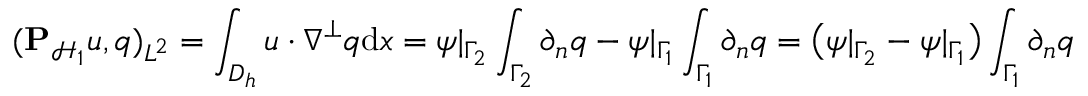
( \mathbf { P } _ { \mathcal { H } _ { 1 } } u , q ) _ { L ^ { 2 } } = \int _ { D _ { h } } u \cdot \nabla ^ { \perp } q \mathrm { d } x = \psi | _ { \Gamma _ { 2 } } \int _ { \Gamma _ { 2 } } \partial _ { n } q - \psi | _ { \Gamma _ { 1 } } \int _ { \Gamma _ { 1 } } \partial _ { n } q = \big ( \psi | _ { \Gamma _ { 2 } } - \psi | _ { \Gamma _ { 1 } } \big ) \int _ { \Gamma _ { 1 } } \partial _ { n } q